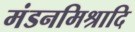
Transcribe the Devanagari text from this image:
मंडनमिश्रादि